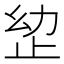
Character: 𭭠